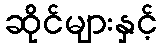
ဆိုင်များနှင့်